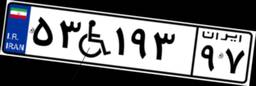
۱۸W۰۶۲۸۱